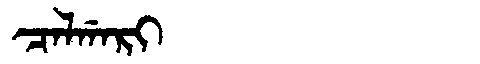
Manchu: ᠴᠠᠯᡤᠠᡵᡳ
Romanization: CALGARI